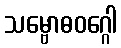
သမ္ဗောဓဝဂ္ဂေါ